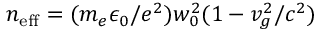
n _ { \mathrm { e f f } } = ( m _ { e } \epsilon _ { 0 } / e ^ { 2 } ) w _ { 0 } ^ { 2 } ( 1 - v _ { g } ^ { 2 } / c ^ { 2 } )